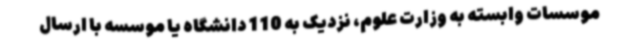
موسسات وابسته به وزارت علوم، نزدیک به 110 دانشگاه یا موسسه با ارسال